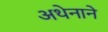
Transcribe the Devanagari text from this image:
अथेनाने